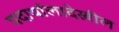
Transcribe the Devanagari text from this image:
पदार्थालादेखील